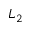
L _ { 2 }